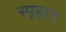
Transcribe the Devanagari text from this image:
स्पृहा॥